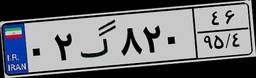
۰۲گ۸۲۰۴۶